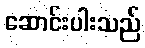
ဆောင်းပါးသည်